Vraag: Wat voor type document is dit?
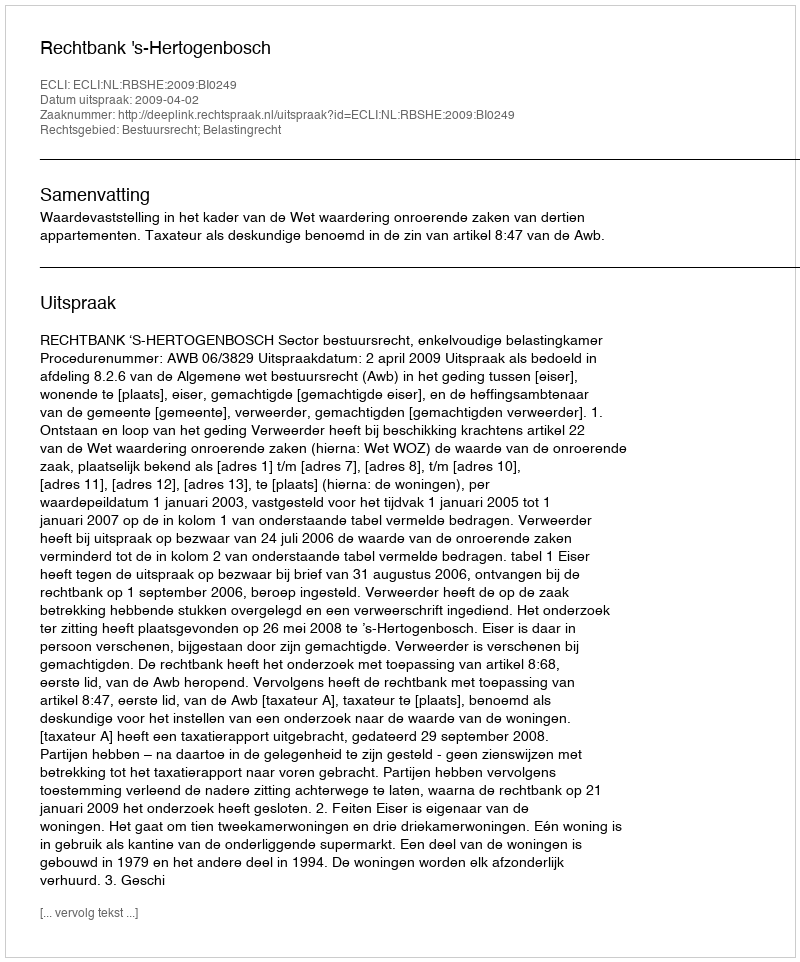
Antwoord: Uitspraak